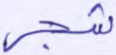
شجر